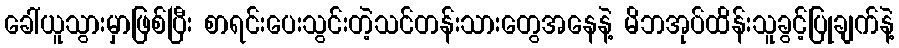
ခေါ်ယူသွားမှာဖြစ်ပြီး စာရင်းပေးသွင်းတဲ့သင်တန်းသားတွေအနေနဲ့ မိဘအုပ်ထိန်းသူခွင့်ပြုချက်နဲ့